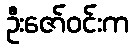
ဦးဇော်ဝင်းက